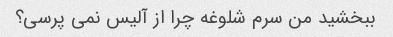
ببخشید من سرم شلوغه چرا از آلیس نمی پرسی؟